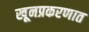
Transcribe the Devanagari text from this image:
खूनप्रकरणात